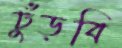
ঢুঁড়বি